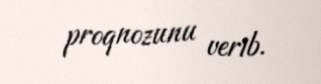
proqnozunu verib.